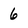
Character: 6